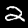
Label: 2